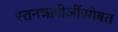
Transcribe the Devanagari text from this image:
रतनऋषीजींसोबत